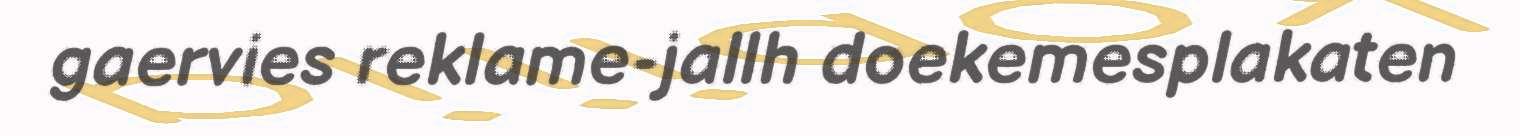
gaervies reklame-jallh doekemesplakaten